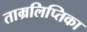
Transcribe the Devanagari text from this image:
ताम्रलिप्तिका